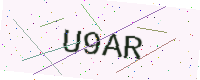
Text: U9AR